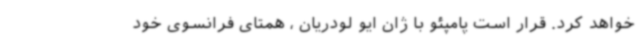
خواهد کرد. قرار است پامپئو با ژان ایو لودریان ، همتای فرانسوی خود